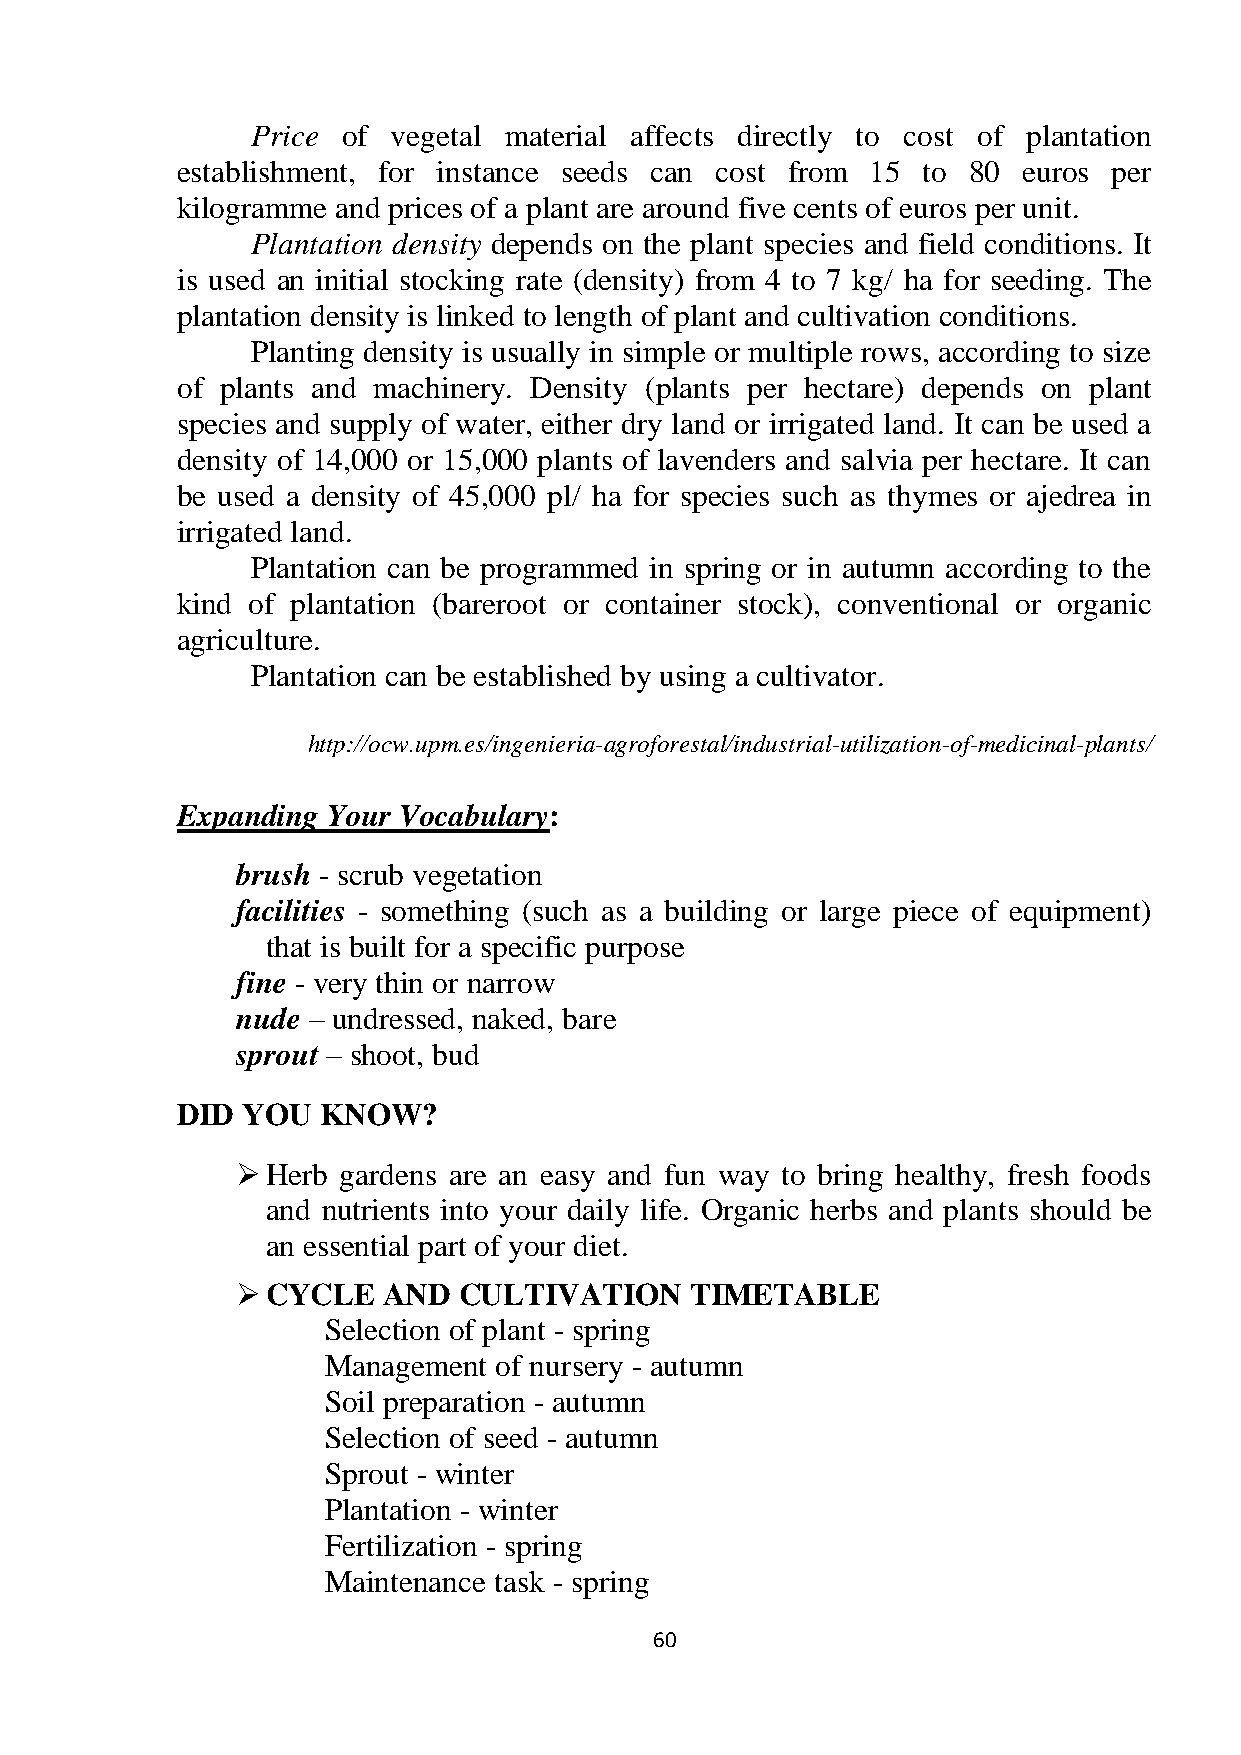
Price of vegetal material affects directly to cost of plantation
 establishment, for instance seeds can cost from 15 to 80 euros per
 kilogramme and prices of a plant are around five cents of euros per unit.
 Plantation density depends on the plant species and field conditions. It
 is used an initial stocking rate (density) from 4 to 7 kg/ ha for seeding. The
 plantation density is linked to length of plant and cultivation conditions.
 Planting density is usually in simple or multiple rows, according to size
 of plants and machinery. Density (plants per hectare) depends on plant
 species and supply of water, either dry land or irrigated land. It can be used a
 density of 14,000 or 15,000 plants of lavenders and salvia per hectare. It can
 be used a density of 45,000 pl/ ha for species such as thymes or ajedrea in
 irrigated land.
 Plantation can be programmed in spring or in autumn according to the
 kind of plantation (bareroot or container stock), conventional or organic
 agriculture.
 Plantation can be established by using a cultivator.
 http://ocw.upm.es/ingenieria-agroforestal/industrial-utilization-of-medicinal-plants/
 Expanding Your Vocabulary:
 brush - scrub vegetation
 facilities - something (such as a building or large piece of equipment)
 that is built for a specific purpose
 fine - very thin or narrow
 nude – undressed, naked, bare
 sprout – shoot, bud
 DID YOU  KNOW?
  Herb gardens are an easy and fun way to bring healthy, fresh foods
 and nutrients into your daily life. Organic herbs and plants should be
 an essential part of your diet.
  CYCLE  AND  CULTIVATION     TIMETABLE
 Selection of plant - spring
 Management of nursery - autumn
 Soil preparation - autumn
 Selection of seed - autumn
 Sprout - winter
 Plantation - winter
 Fertilization - spring
 Maintenance task - spring
 60